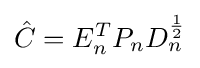
{\hat {C}}=E_{n}^{T}P_{n}D_{n}^{\frac {1}{2}}